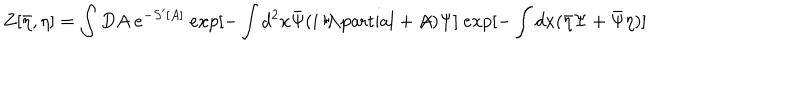
LaTeX: Z [ \bar { \eta } , \eta ] = \int D A ~ e ^ { - S ^ { \prime } [ A ] } ~ e x p { [ - \int d ^ { 2 } x \bar { \Psi } ( i \raise . 1 5 e x \mathrm { ~ / ~ } \kern - . 5 7 e m \mathrm { ~ \partial ~ } + \not \! \! A ) \Psi ] } ~ e x p { [ - \int d x ( \bar { \eta } \Psi + \bar { \Psi } \eta ) ] }